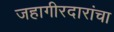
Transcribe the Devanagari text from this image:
जहागीरदारांचा